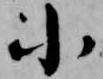
小